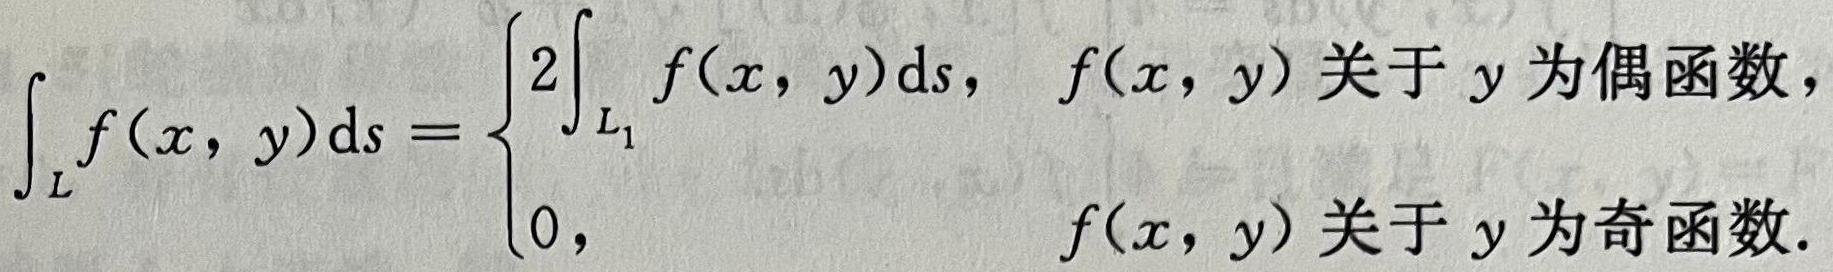
$$
\int_{L} f(x, y) \mathrm{d} s= \begin{cases}2 \int_{L_{1}} f(x, y) \mathrm{d} s, & f(x, y) \text { 关于 } y \text { 为偶函数, } \\ 0, & f(x, y) \text { 关于 } y \text { 为奇函数. }\end{cases}
$$